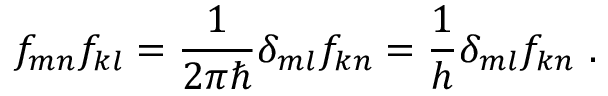
f _ { m n } \* f _ { k l } = \frac { 1 } { 2 \pi \hbar } \delta _ { m l } f _ { k n } = \frac { 1 } { h } \delta _ { m l } f _ { k n } ~ .